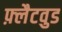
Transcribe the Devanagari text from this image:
फ़्लैटवुड